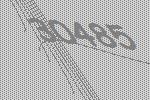
30485